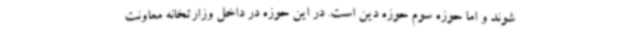
شوند و اما حوزه سوم حوزه دین است. در این حوزه در داخل وزارتخانه معاونت